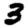
Digit: 3